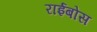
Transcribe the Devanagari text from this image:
राईबोस